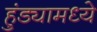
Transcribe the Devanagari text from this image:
हुंड्यामध्ये